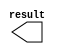
module tv_y (
	result);

	output	[9:0]  result;

endmodule